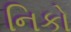
નિકો